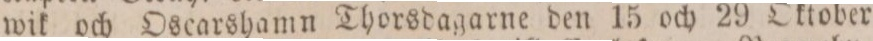
wik och Oscarshamn Thorsdagarne den 15 och 29 Oktober